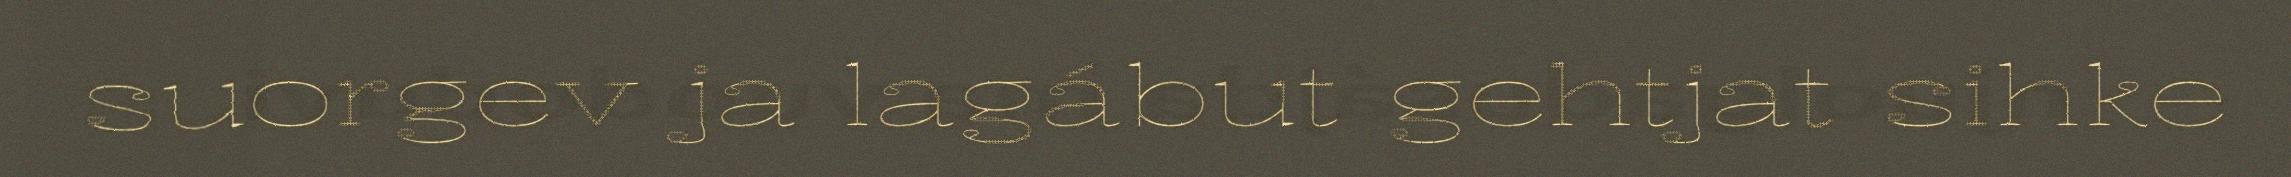
suorgev ja lagábut gehtjat sihke